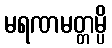
မရဏမတ္တမ္ပိ